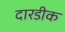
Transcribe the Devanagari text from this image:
दारडीक